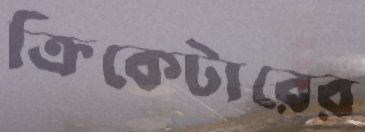
ক্রিকেটারের